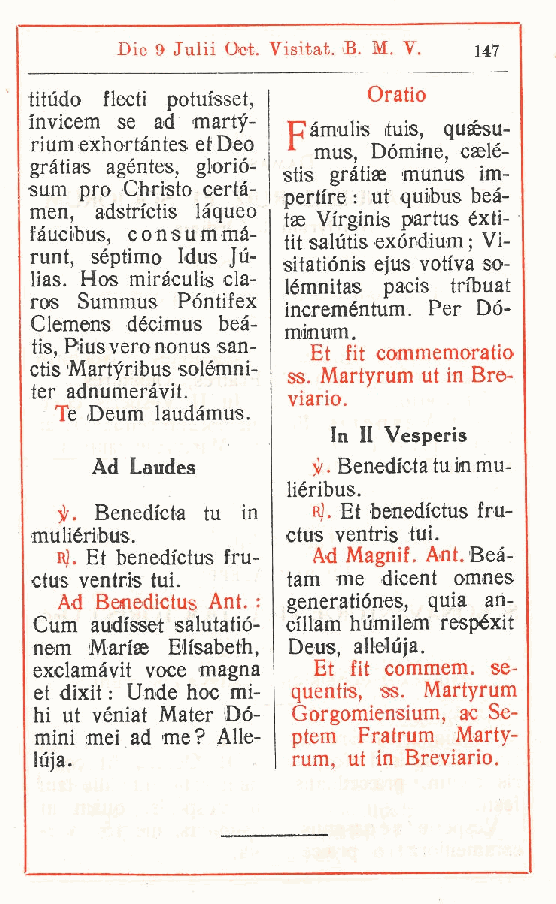
Die 9 Julii Oct. Visitat. B. M. V. 147
 titudo flecti potuisset, Oratio
 invicem se ad marty-
 Càmulis ituis, qusésu-
 riumexhortàntesetDeo F Domine
 caAé-
 gràtias agentes, glorio- ,I stis gràtiae munu,s im.
 sum prò Chnsto certa- |
 pertfre. ut qUi,bus bea-
 men, adstictis làqueo
 tae Virginis partus éxti-
 fàucibus, consummà- tit salutis exórdium ; Vi-
 runt, séptimo Idus Jù-
 sitatiónis ejus votiva so-
 lias. Hos miràculis cla-
 lémnitas pacis tibuat
 ros Summus Póntifex
 increméntum. Per Dó-
 Clemens décimus beà-
 minum.
 tis, Plus vero nonus san-
 Et fit commemoratio
 ctis Martyribus solémni- ss. Martyrum ut in Bre-
 ter adnumeràvit.
 viario.
 Te Oeum iaudàmus.
 In II Vesperis
 Ad Laudes      j/. Benedicta tu in mu-
 liéribus.
 j/. Benedicta tu in rJ. Et benedictus fru-
 muliéribus.      ctus ventris tui.
 R). Et benedictus fru- Ad Magnif. Ant. Beà-
 ctus ventris tui. tam me dicent omnes
 Ad Benedictus Ant. : generatiónes, quia an-
 Cum audi'sset salutatió- cillam humilem respyéxit
 nem Mariae Elisabeth, Deus, allelùja.
 exclamàvit voce magna Et fit commem. se-
 et dixit : Unde hoc mi- quentis, ss. Martyrum
 hi ut véniat Mater Dò- Gorgomiensium, ac Se-
 mini mei ad me? Alle- ptem Fratrum Marty-
 luja.            rum, ut in Breviario.
 r
 r